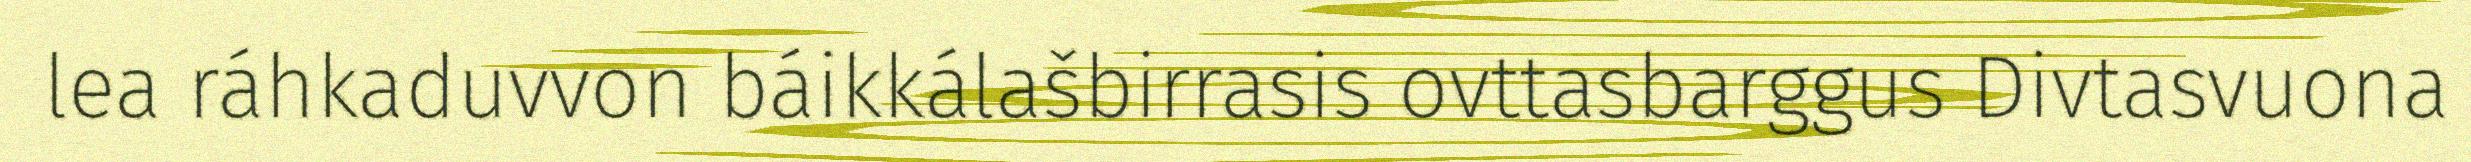
lea ráhkaduvvon báikkálašbirrasis ovttasbarggus Divtasvuona